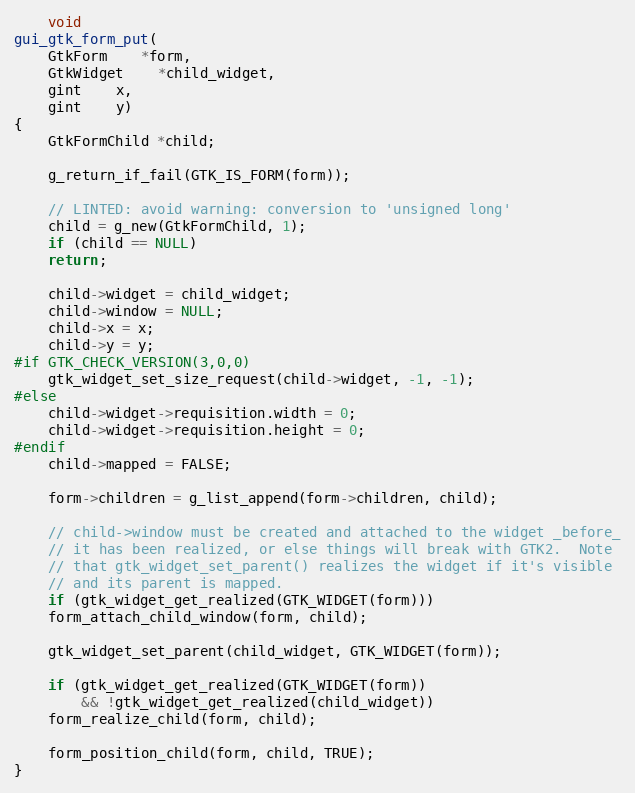
Language: C
    void
gui_gtk_form_put(
	GtkForm	*form,
	GtkWidget	*child_widget,
	gint	x,
	gint	y)
{
    GtkFormChild *child;

    g_return_if_fail(GTK_IS_FORM(form));

    // LINTED: avoid warning: conversion to 'unsigned long'
    child = g_new(GtkFormChild, 1);
    if (child == NULL)
	return;

    child->widget = child_widget;
    child->window = NULL;
    child->x = x;
    child->y = y;
#if GTK_CHECK_VERSION(3,0,0)
    gtk_widget_set_size_request(child->widget, -1, -1);
#else
    child->widget->requisition.width = 0;
    child->widget->requisition.height = 0;
#endif
    child->mapped = FALSE;

    form->children = g_list_append(form->children, child);

    // child->window must be created and attached to the widget _before_
    // it has been realized, or else things will break with GTK2.  Note
    // that gtk_widget_set_parent() realizes the widget if it's visible
    // and its parent is mapped.
    if (gtk_widget_get_realized(GTK_WIDGET(form)))
	form_attach_child_window(form, child);

    gtk_widget_set_parent(child_widget, GTK_WIDGET(form));

    if (gtk_widget_get_realized(GTK_WIDGET(form))
	    && !gtk_widget_get_realized(child_widget))
	form_realize_child(form, child);

    form_position_child(form, child, TRUE);
}